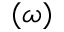
( \omega )